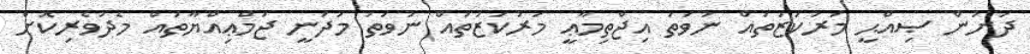
ދަށުން ޞިއްޙީ މަރުކަޒުތައް ނުވަތަ އިޖްތިމާޢީ މަރުކަޒުތައް ނުވަތަ މަދަނީ ޖަމްޢިއްޔާތައް މެދުވެރިކޮށް